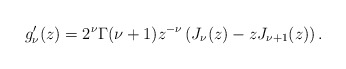
\begin{align*}g_{\nu}'(z)=2^{\nu}\Gamma(\nu+1)z^{-\nu}\left(J_{\nu}(z)-zJ_{\nu+1}(z)\right).\end{align*}